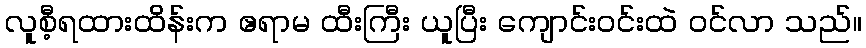
လူစီ့ရထားထိန်းက ဧရာမ ထီးကြီး ယူပြီး ကျောင်းဝင်းထဲ ဝင်လာ သည်။